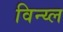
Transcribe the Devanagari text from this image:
विन्य्ल